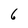
Character: 6